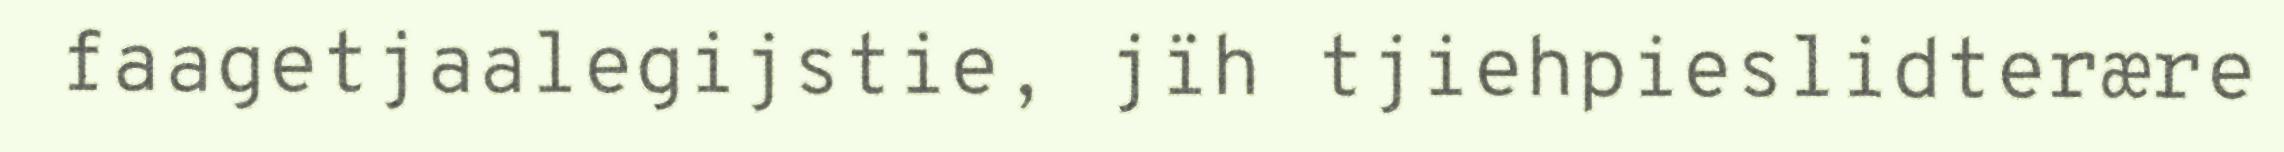
faagetjaalegijstie, jïh tjiehpieslidterære